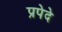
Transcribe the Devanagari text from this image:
प्रपेदे